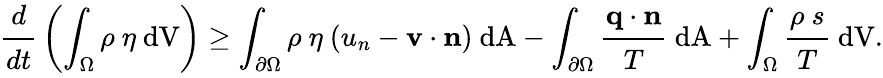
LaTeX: {{\cfrac{d}{dt}}\left(\int_{\Omega}\rho~\eta~{\mathrm{dV}}\right)\geq\int_{\partial\Omega}\rho~\eta~(u_{n}-\mathbf{v}\cdot\mathbf{n})~{\mathrm{dA}}-\int_{\partial\Omega}{\cfrac{\mathbf{q}\cdot\mathbf{n}}{T}}~{\mathrm{dA}}+\int_{\Omega}{\cfrac{\rho~s}{T}}~{\mathrm{dV}}.}